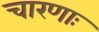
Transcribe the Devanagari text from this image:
चारणाः